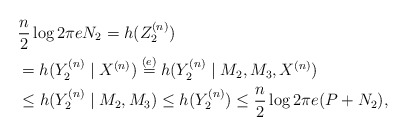
\begin{align*}&\frac{n}{2}\log2\pi e N_2=h(Z_2^{(n)})\\&=h(Y_2^{(n)}\mid X^{(n)})\overset{(e)}{=}h(Y_2^{(n)}\mid M_2,M_3,X^{(n)})\\&\leq h(Y_2^{(n)}\mid M_2,M_3)\leq h(Y_2^{(n)}) \leq \frac{n}{2}\log2\pi e(P+N_2),\end{align*}